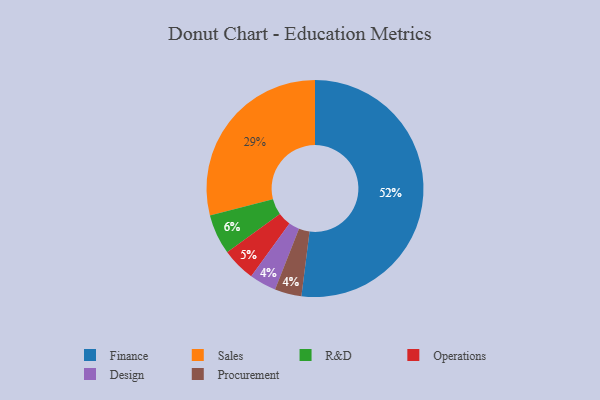
{"axis": {"x": "Category", "y": "Percentage"}, "legend": ["Design", "Finance", "Operations", "Procurement", "R&D", "Sales"], "data": [{"x": "Finance", "y": 52, "type": "Finance"}, {"x": "R&D", "y": 6, "type": "R&D"}, {"x": "Operations", "y": 5, "type": "Operations"}, {"x": "Sales", "y": 29, "type": "Sales"}, {"x": "Design", "y": 4, "type": "Design"}, {"x": "Procurement", "y": 4, "type": "Procurement"}]}